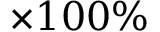
\times 1 0 0 \%